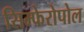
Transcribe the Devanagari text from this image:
सिम्फेरोपोल